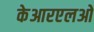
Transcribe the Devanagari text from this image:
केआरएलओ